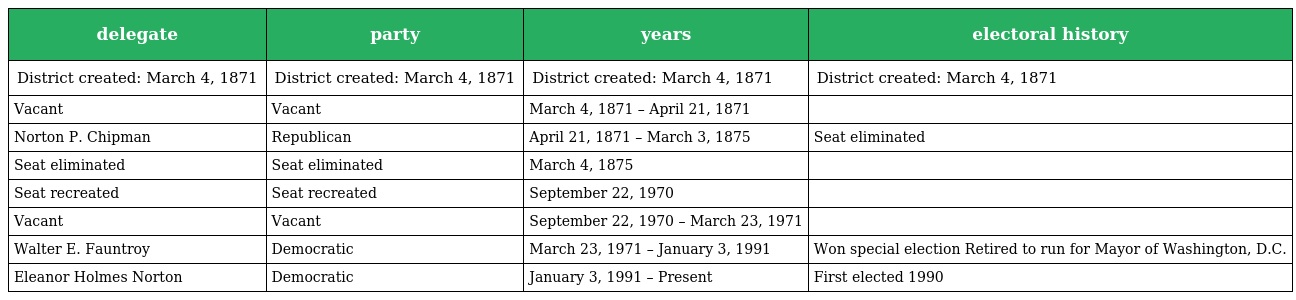
| delegate | party | years | electoral history |
 | --- | --- | --- | --- |
 | District created: March 4, 1871 | District created: March 4, 1871 | District created: March 4, 1871 | District created: March 4, 1871 |
 | Vacant | Vacant | March 4, 1871 – April 21, 1871 |  |
 | Norton P. Chipman | Republican | April 21, 1871 – March 3, 1875 | Seat eliminated |
 | Seat eliminated | Seat eliminated | March 4, 1875 |  |
 | Seat recreated | Seat recreated | September 22, 1970 |  |
 | Vacant | Vacant | September 22, 1970 – March 23, 1971 |  |
 | Walter E. Fauntroy | Democratic | March 23, 1971 – January 3, 1991 | Won special election Retired to run for Mayor of Washington, D.C. |
 | Eleanor Holmes Norton | Democratic | January 3, 1991 – Present | First elected 1990 |